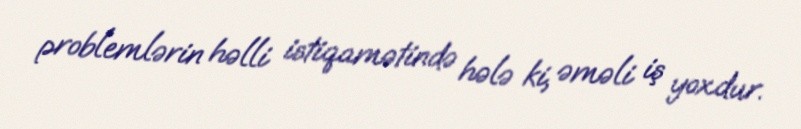
problemlərin həlli istiqamətində hələ ki, əməli iş yoxdur.